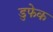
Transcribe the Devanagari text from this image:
डुफेक